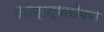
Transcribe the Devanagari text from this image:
पेरीप्रत्यारोपण